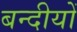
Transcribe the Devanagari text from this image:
बन्दीयों